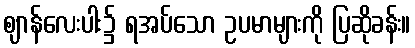
ဈာန်လေးပါး၌ ရအပ်သော ဥပမာများကို ပြဆိုခန်း။